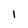
Character: 1